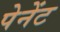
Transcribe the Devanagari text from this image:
पेनेंट